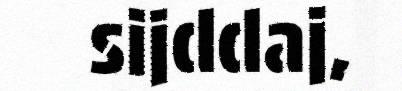
sijddaj,